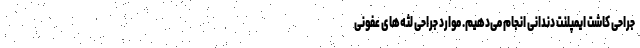
جراحی کاشت ایمپلنت دندانی انجام می‌دهیم. موارد جراحی لثه‌های عفونی